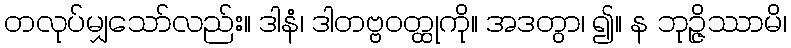
တလုပ်မျှသော်လည်း။ ဒါနံ၊ ဒါတဗ္ဗဝတ္ထုကို။ အဒတွာ၊ ၍။ န ဘုဉ္ဇိဿာမိ၊